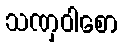
သဏှဝါစော